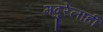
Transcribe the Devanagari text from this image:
मदुरेलाही